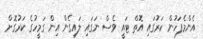
އެންމެފަހުން ކަރުގައި އޮތް ޓައީ ވެސް ނަގައި ލައިގެން އިން ގަމީހުގެ ކަރުގޮށް